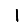
Digit: 1